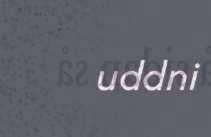
uddni